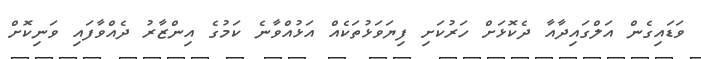
ވަޑައިގެން އަލްގައިދާއާ ދެކޮޅަށް ހަރުކަށި ފިޔަވަޅުތަކެއް އަޅުއްވާނެ ކަމުގެ އިންޒާރު ދެއްވާފައި ވަނިކޮށް